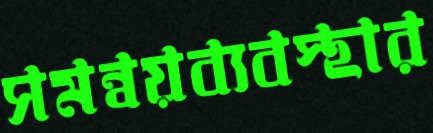
সমন্বয়ব্যবস্থার